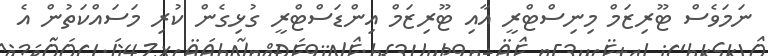
ނަމަވެސް ޓޫރިޒަމް މިނިސްޓްރީ އާއި ޓޫރިޒަމް އިންޑަސްޓްރީ ގުޅިގެން ކުރި މަސައްކަތުން އެ